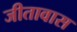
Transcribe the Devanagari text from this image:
जीतावास